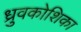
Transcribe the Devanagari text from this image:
ध्रुवकोशिका